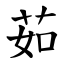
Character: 茹